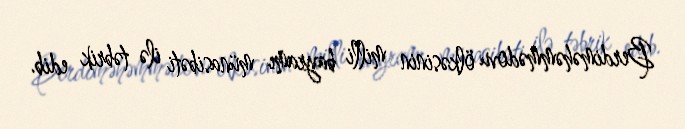
Berdiməhəmmədovu ölkəsinin milli bayramı münasibəti ilə təbrik edib.